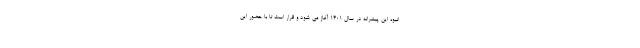
انبوه این پیشرانه در سال ۱۴۰۱ آغاز می شود و قرار است تا با حضور این